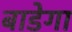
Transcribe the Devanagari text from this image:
बाडेगा